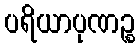
ပရိယာပုဏဉ္စ